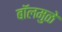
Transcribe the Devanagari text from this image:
बॉलमुळे